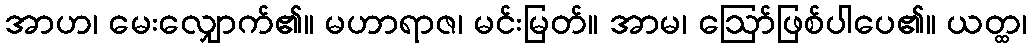
အာဟ၊ မေးလျှောက်၏။ မဟာရာဇ၊ မင်းမြတ်။ အာမ၊ ဩော်ဖြစ်ပါပေ၏။ ယတ္ထ၊